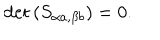
\det \left( S _ { \alpha a , \beta b } \right) = 0 .